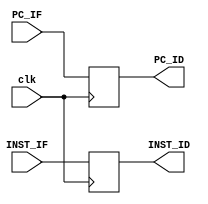
module RV32I_IF_ID(input clk, input [31:0] PC_IF, input [31:0] INST_IF, output [31:0] PC_ID, output [31:0] INST_ID);
	initial begin 
		PC_ID = 32'd0;
		INST_ID = 32'd0;
	end
	
	always@(posedge clk) begin
		//logic to flush pipeline???
		PC_ID <= PC_IF;
		INST_ID <= INST_IF;
	end
endmodule